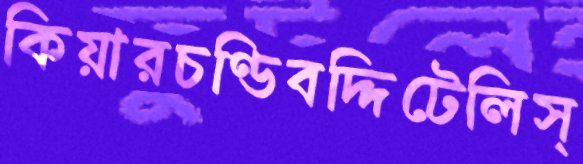
কিয়ারচণ্ডিবদ্দিটেলিস্